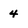
Character: 4